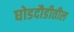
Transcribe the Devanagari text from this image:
घोडदौडीतील